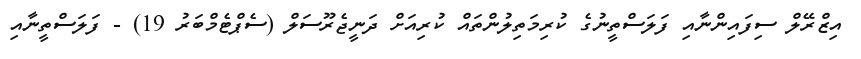
އިޒްރޭލް ސިފައިންނާއި ފަލަސްތީނުގެ ކުރިމަތިލުންތައް ކުރިއަށް ދަނީޖެރޫސަލް (ސެޕްޓެމްބަރު 19) - ފަލަސްތީނާއި